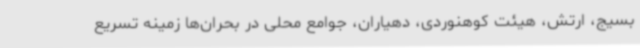
بسیج، ارتش، هیئت کوهنوردی، دهیاران، جوامع محلی در بحران‌ها زمینه تسریع